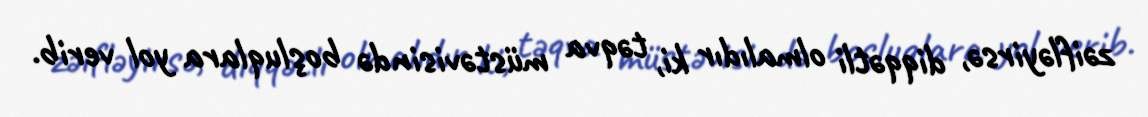
zəifləyirsə, diqqətli olmalıdır ki, təqva müstəvisində boşluqlara yol verib.